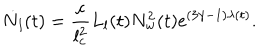
LaTeX: \dot { N } _ { l } ( t ) = \frac { c } { l _ { c } ^ { 2 } } L _ { l } ( t ) N _ { w } ^ { 2 } ( t ) \mathrm { e } ^ { ( 3 \gamma - 1 ) \lambda ( t ) } .